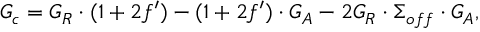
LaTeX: G _ { c } = G _ { R } \cdot ( 1 + 2 f ^ { \prime } ) - ( 1 + 2 f ^ { \prime } ) \cdot G _ { A } - 2 G _ { R } \cdot \Sigma _ { o f f } \cdot G _ { A } ,